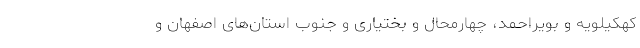
کهکیلویه و بویراحمد، چهارمحال و بختیاری و جنوب استان‌های اصفهان و